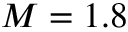
M = 1 . 8